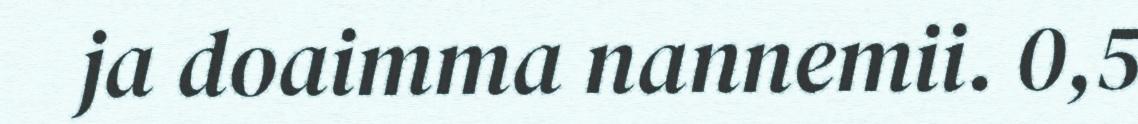
ja doaimma nannemii. 0,5